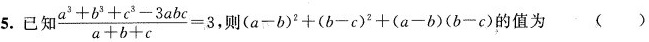
5.已知$$\frac{a^{3}+b^{3}+c^{3}-3abc}{a+b+c}=3$$ ,则$$(a-b)^{2}+(b-c)^{2}+(a-b)(b-c)$$的值为( )